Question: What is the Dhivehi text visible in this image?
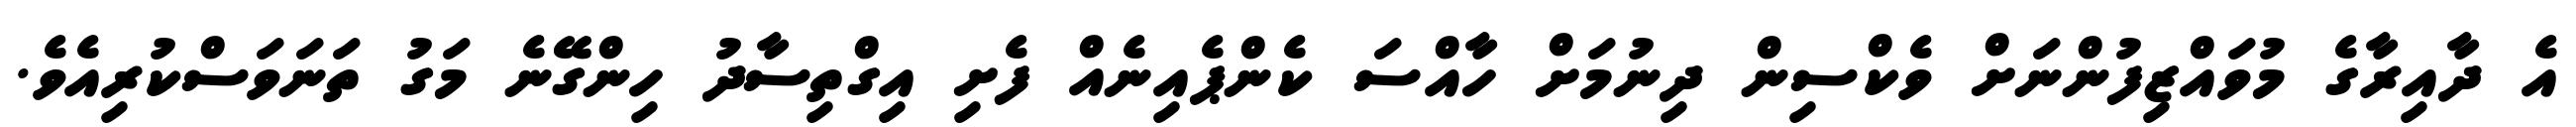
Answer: އެ ދާއިރާގެ މުވައްޒިފުންނަށް ވެކްސިން ދިނުމަށް ހާއްސަ ކެންޕެއިނެއް ފެށި އިގްތިސާދު ހިންގޭނެ މަގު ތަނަވަސްކުރިއެވެ.